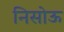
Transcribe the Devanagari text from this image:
निसोऊ